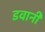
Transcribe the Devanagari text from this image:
डवानी